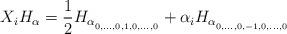
LaTeX: \begin{align*}X_{i}H_{\alpha}=\frac{1}{2}H_{\alpha_{_{0,\dots,0,1,0,\dots,0}}}+\alpha_{i}H_{\alpha_{_{0,\dots,0,-1,0,\dots,0}}}\end{align*}